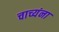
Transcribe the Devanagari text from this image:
चाच्यंना